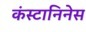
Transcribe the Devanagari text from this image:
कंस्टानिनेस